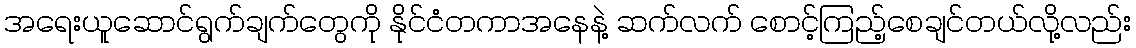
အရေးယူဆောင်ရွက်ချက်တွေကို နိုင်ငံတကာအနေနဲ့ ဆက်လက် စောင့်ကြည့်စေချင်တယ်လို့လည်း